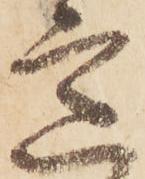
意